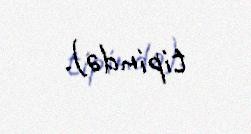
tipində).